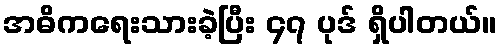
အဓိကရေးသားခဲ့ပြီး ၄၇ ပုဒ် ရှိပါတယ်။